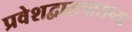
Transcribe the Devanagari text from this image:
प्रवेशद्वारापासच्या